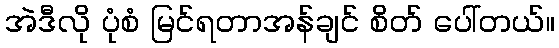
အဲဒီလို ပုံစံ မြင်ရတာအန်ချင် စိတ် ပေါ်တယ်။